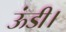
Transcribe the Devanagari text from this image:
ऊंडी।